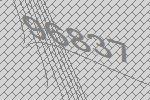
96837